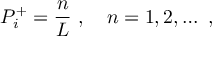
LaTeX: P _ { i } ^ { + } = \frac { n } { L } \ , \quad n = 1 , 2 , \dots \ ,